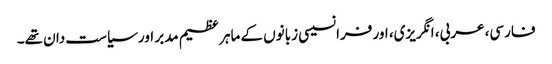
فارسی، عربی، انگریزی، اور فرانسیسی زبانوں کے ماہر عظیم مدبر اور سیاست دان تھے۔